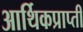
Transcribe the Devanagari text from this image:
आर्थिकप्राप्ती